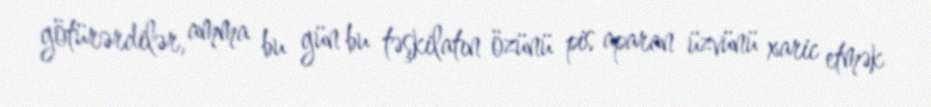
götürərdilər, amma bu gün bu təşkilatın özünü pis aparan üzvünü xaric etmək